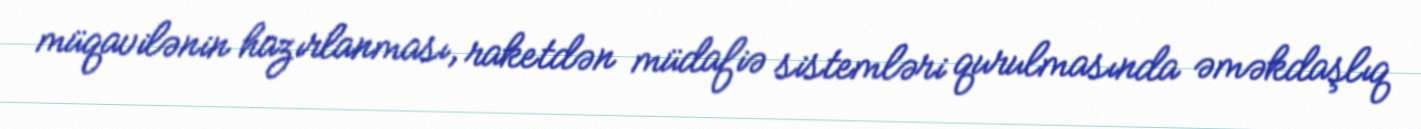
müqavilənin hazırlanması, raketdən müdafiə sistemləri qurulmasında əməkdaşlıq